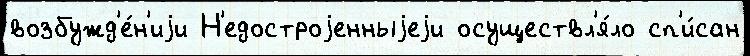
возбужд'е́н'иjи Н'едостроjенныjеjи осуществл'я́ло сп'и́сан